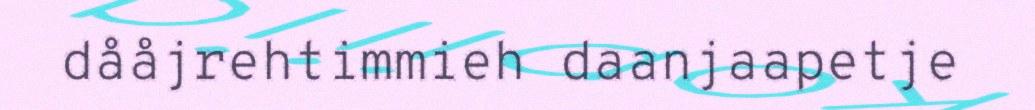
dååjrehtimmieh daanjaapetje